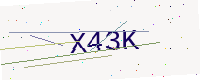
Text: X43K